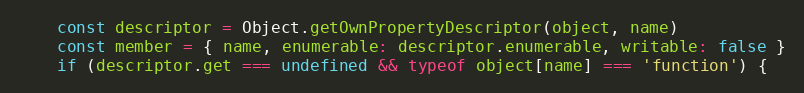
Language: JavaScript
    const descriptor = Object.getOwnPropertyDescriptor(object, name)
    const member = { name, enumerable: descriptor.enumerable, writable: false }
    if (descriptor.get === undefined && typeof object[name] === 'function') {